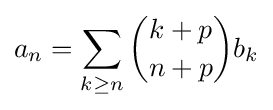
a_{n}=\sum _{k\geq n}{\binom {k+p}{n+p}}b_{k}